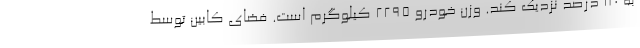
به 80 درصد نزدیک کند. وزن خودرو 2295 کیلوگرم است. فضای کابین توسط